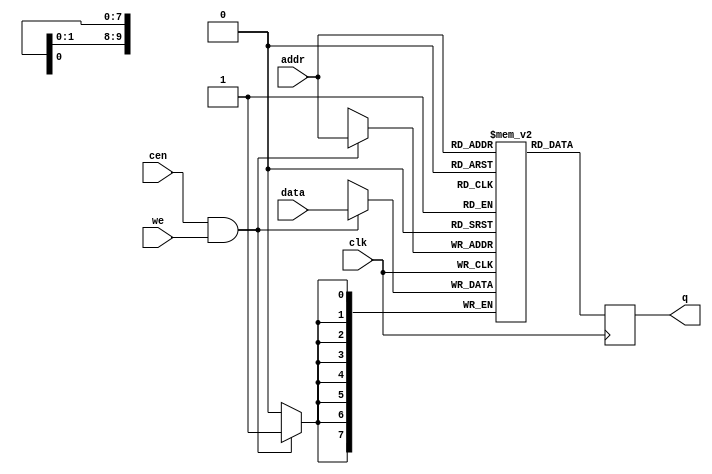
/*  This file is part of JTFRAME.
    JTFRAME program is free software: you can redistribute it and/or modify
    it under the terms of the GNU General Public License as published by
    the Free Software Foundation, either version 3 of the License, or
    (at your option) any later version.

    JTFRAME program is distributed in the hope that it will be useful,
    but WITHOUT ANY WARRANTY; without even the implied warranty of
    MERCHANTABILITY or FITNESS FOR A PARTICULAR PURPOSE.  See the
    GNU General Public License for more details.

    You should have received a copy of the GNU General Public License
    along with JTFRAME.  If not, see <http://www.gnu.org/licenses/>.

    Author: Jose Tejada Gomez. Twitter: @topapate
    Version: 1.0
    Date: 27-10-2017 */

// Generic RAM with clock enable
// parameters:
//      dw      => Data bit width, 8 for byte-based memories
//      aw      => Address bit width, 10 for 1kB
//      simfile => binary file to load during simulation
//      simhexfile => hexadecimal file to load during simulation
//      synfile => hexadecimal file to load for synthesis
//      cen_rd  => Use clock enable for reading too, by default it is used
//                 only for writting.


module jtframe_ram #(parameter dw=8, aw=10,
        simfile="", simhexfile="",
        synfile="", synbinfile="",
        cen_rd=0)(
    input   clk,
    input   cen /* direct_enable */,
    input   [dw-1:0] data,
    input   [aw-1:0] addr,
    input   we,
    output reg [dw-1:0] q
);

(* ramstyle = "no_rw_check" *) reg [dw-1:0] mem[0:(2**aw)-1];

`ifdef SIMULATION
integer f, readcnt;
initial
if( simfile != "" ) begin
    f=$fopen(simfile,"rb");
    if( f != 0 ) begin
        readcnt=$fread( mem, f );
        $display("INFO: Read %14s (%4d bytes) for %m",simfile, readcnt);
        $fclose(f);
    end else begin
        $display("WARNING: %m cannot open file: %s", simfile);
    end
    end
else begin
    if( simhexfile != "" ) begin
        $readmemh(simhexfile,mem);
        $display("INFO: Read %14s (hex) for %m", simhexfile);
    end else begin
        if( synfile!= "" ) begin
            $readmemh(synfile,mem);
            $display("INFO: Read %14s for %m", synfile);
        end else
            for( readcnt=0; readcnt<(2**aw)-1; readcnt=readcnt+1 )
                mem[readcnt] = {dw{1'b0}};
    end
end
`else
// file for synthesis:
/* verilator lint_off WIDTH */
initial if(synfile!="" )$readmemh(synfile,mem);
initial if(synbinfile!="" )$readmemb(synbinfile,mem);
/* verilator lint_on WIDTH */
`endif

always @(posedge clk) begin
    if( !cen_rd || cen ) q <= mem[addr];
    if( cen && we) mem[addr] <= data;
end

endmodule